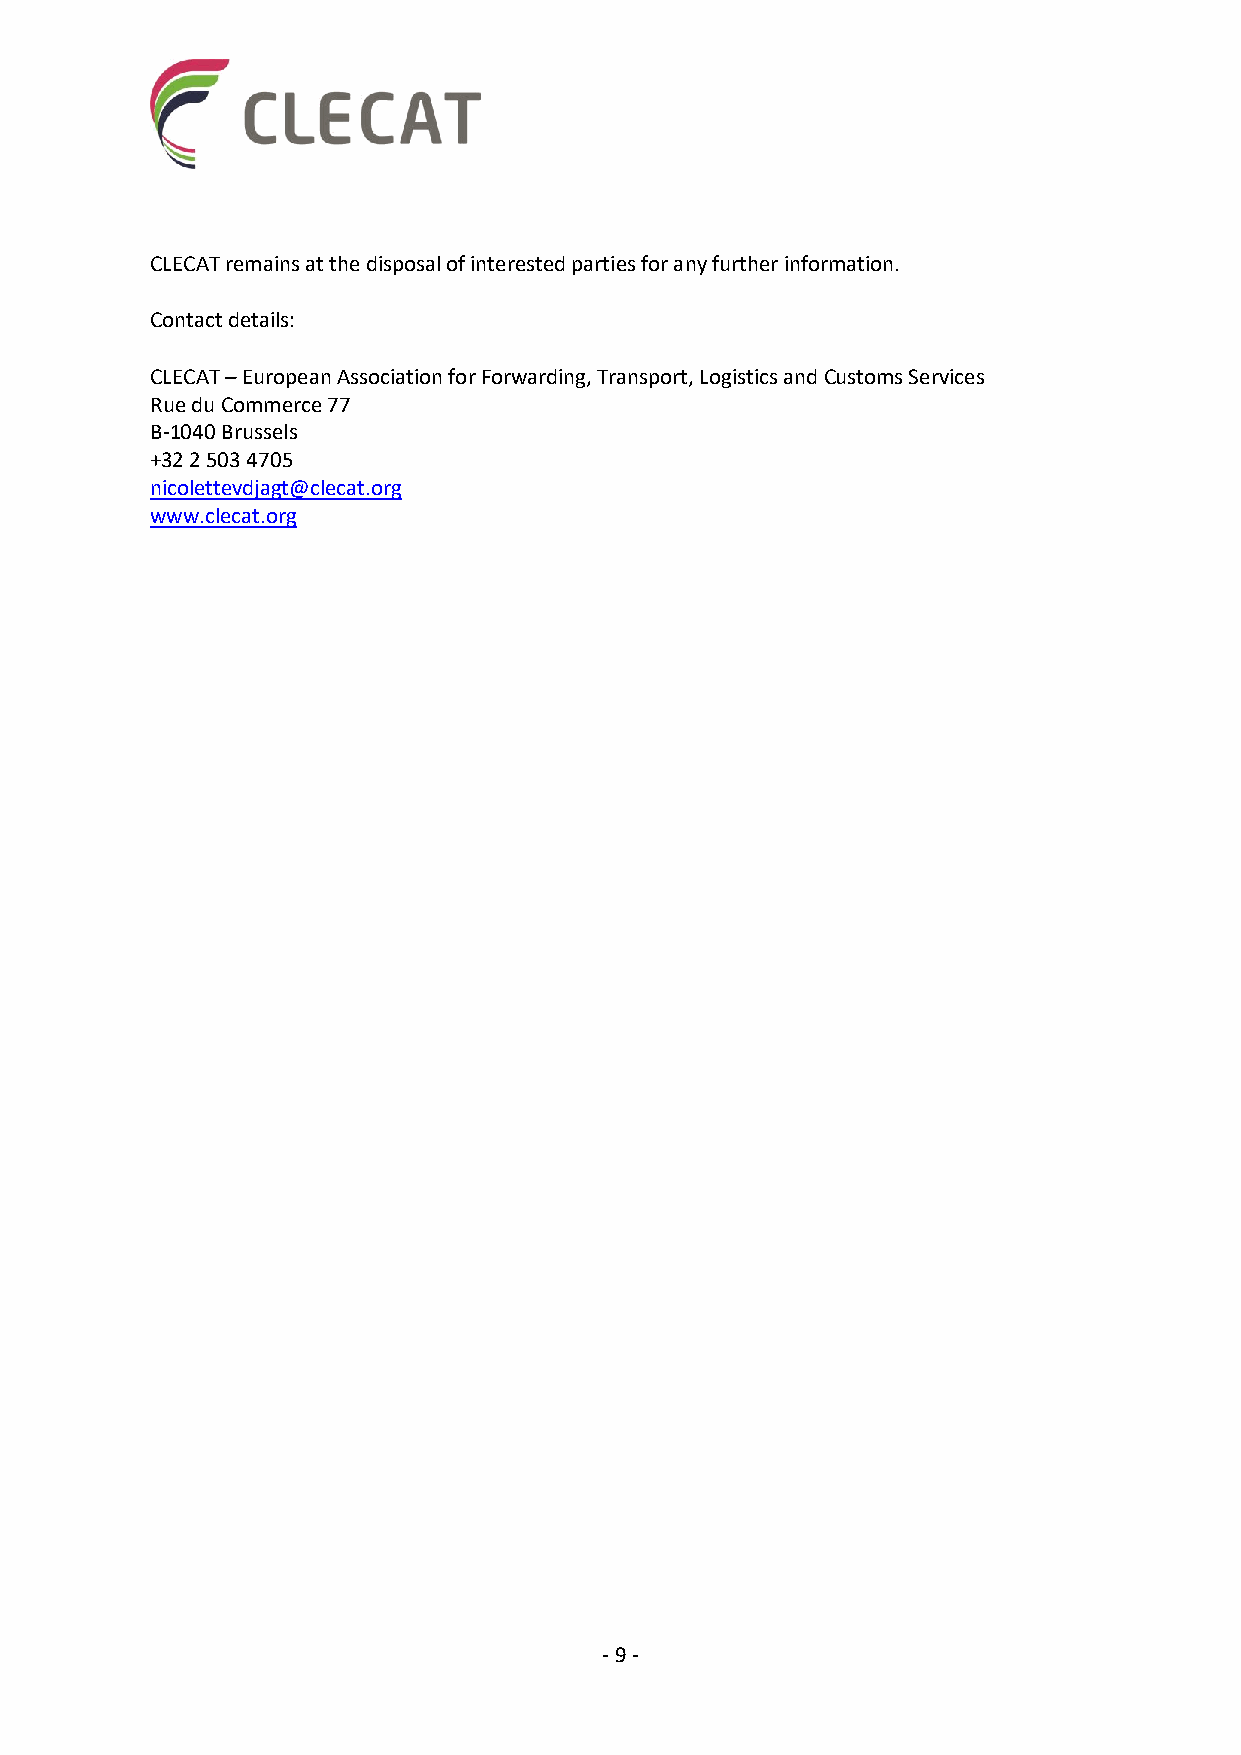
CLECAT remains at the disposal of interested parties for any further information.
 Contact details:
 CLECAT – European Association for Forwarding, Transport, Logistics and Customs Services
 Rue du Commerce 77
 B-1040 Brussels
 +32 2 503 4705
 nicolettevdjagt@clecat.org
 www.clecat.org
 - 9 -